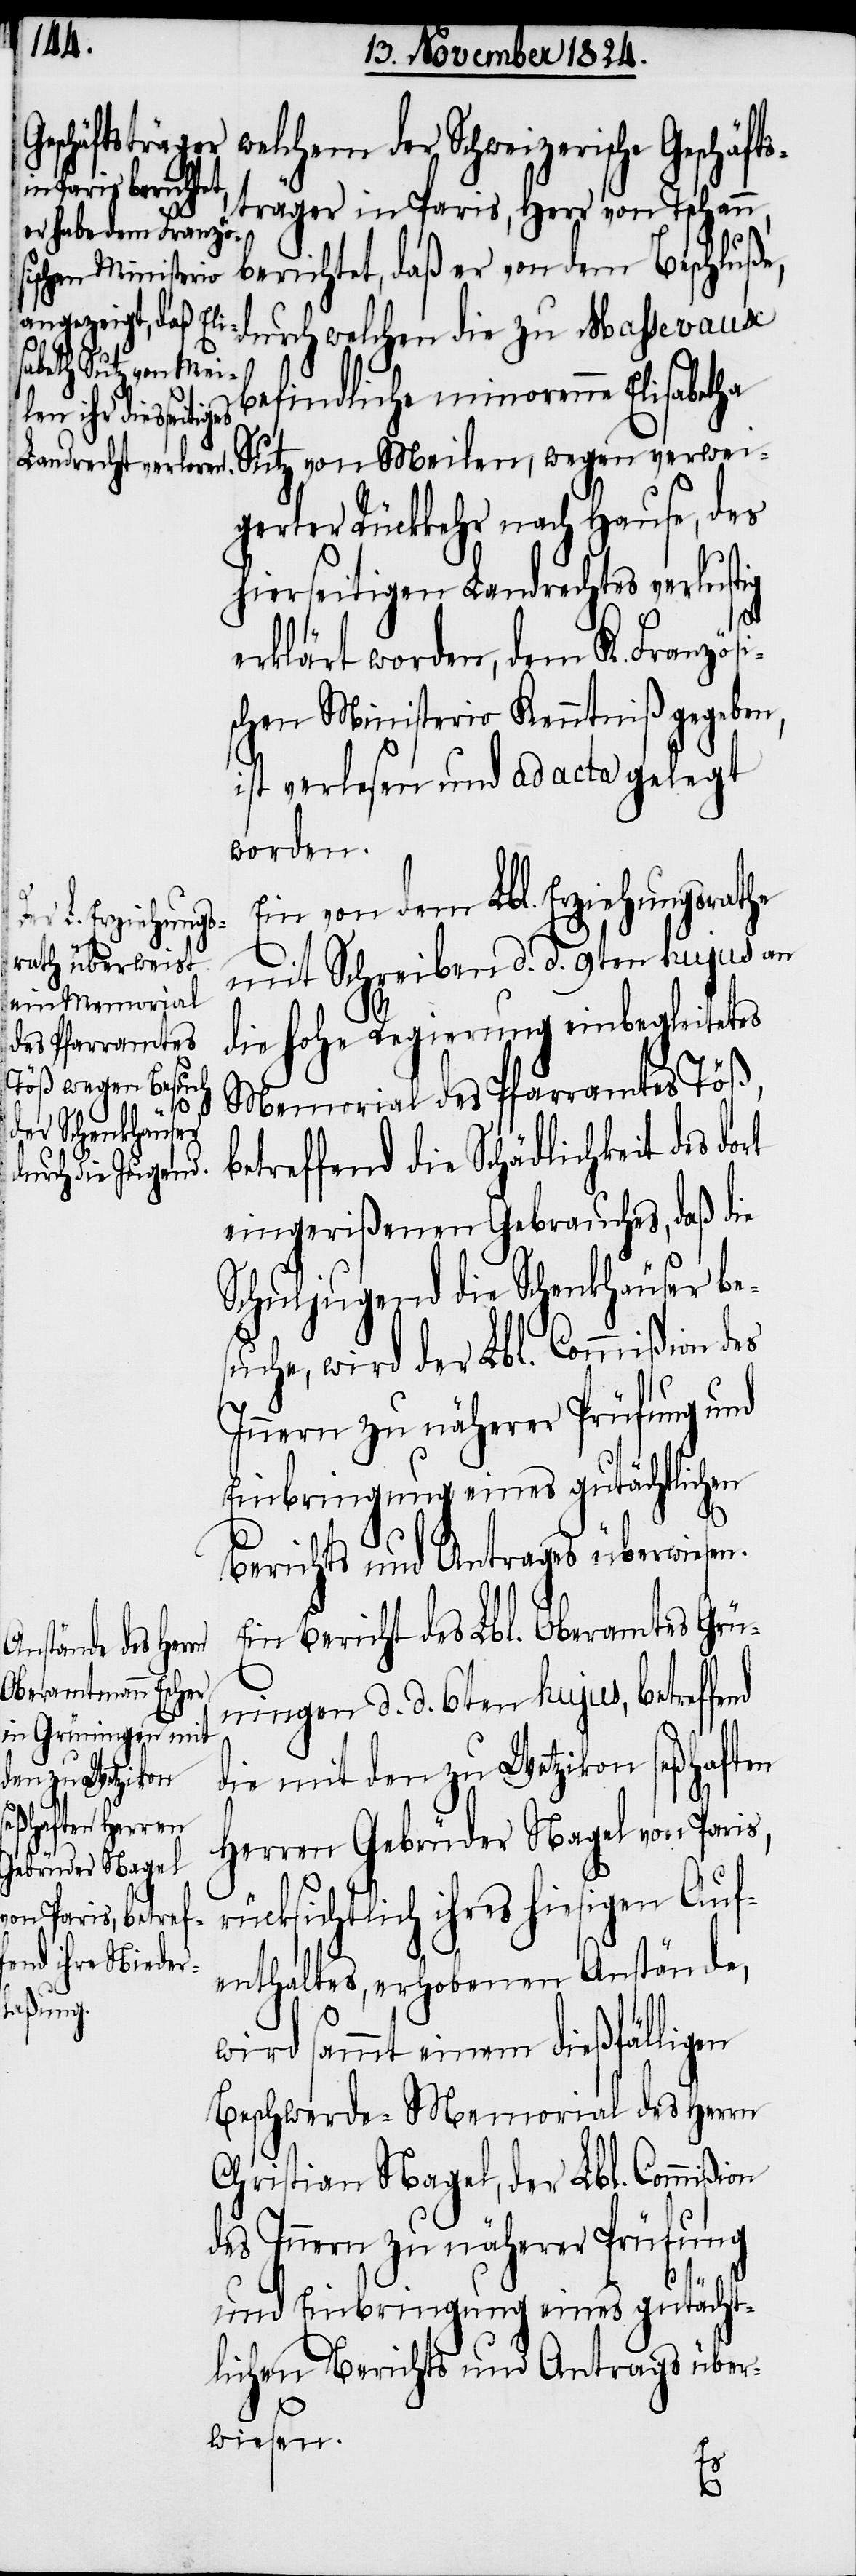
Geschäfts¬

lchem der Schweizerische
träger in Paris, Herr von Tschann,
berichtet, daß er von dem Beschluße,
durch welchen die zu Massevaux
befindliche minorenne Elisabetha
Sutz von Meilen, wegen verwei¬
gerter Rückkehr nach Hause, des
hierseitigen Landrechts verlustig
erklärt worden, dem K. Französi¬
schen Ministerio Kenntniß gegeben,
ist verlesen und ad acta gelegt
worden.
Ein von dem Lbl. Erziehungsrathe
mit Schreiben d. d. 9ten hujus an
die hohe Regierung einbegleitetes
Memorial des Pfarramtes Töß,
betreffend die Schädlichkeit des dort
eingerißenen Gebrauches, daß die
Schuljugend die Schenkhäuser be¬
suche, wird der Lbl. Commißion des
Innern zu näherer Prüfung und
Einbringung eines gutächtlichen
Berichts und Antrages überwiesen.
Ein Bericht des Lbl. Oberamtes Grün¬
ingen d. d. 6ten hujus, betreffe¬
die mit den zu Wetzikon seßhaften
Herren Gebrüder Nagel von Paris,
rücksichtlich ihres hiesigen Auf¬
enthaltes, erhobenen Anstände,
wird sammt einem dießfälligen
Beschwerde-Memorial des Herrn
Christian Nagel, der Lbl. Commißion
des Innern zu näherer Prüfung
und Einbringung eines gutächt¬
lichen Berichts und Antrags über¬
wiesen.
nd